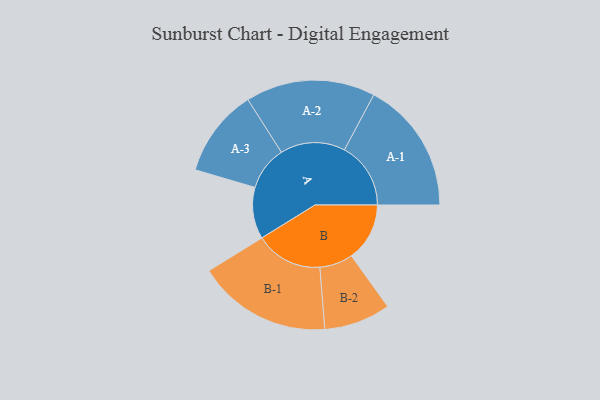
{"axis": {"x": "Segment", "y": "Value"}, "legend": ["", "A", "B"], "data": [{"x": "A", "y": 178, "type": ""}, {"x": "B", "y": 201, "type": ""}, {"x": "A-1", "y": 229, "type": "A"}, {"x": "A-2", "y": 224, "type": "A"}, {"x": "A-3", "y": 152, "type": "A"}, {"x": "B-1", "y": 232, "type": "B"}, {"x": "B-2", "y": 115, "type": "B"}]}